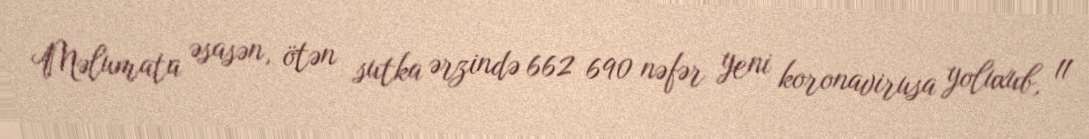
Məlumata əsasən, ötən sutka ərzində 662 690 nəfər yeni koronavirusa yoluxub, 11